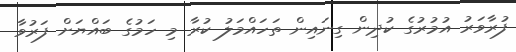
ފުރާވަރު އުމުރުގެ ކުދިން ގިނައިން ތަހައްމަލު ކުރާ މި ހަމުގެ ބައްޔަށް ފަރުވާ